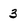
Character: 3